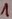
Text: 1